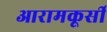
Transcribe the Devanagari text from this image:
आरामकूर्सी